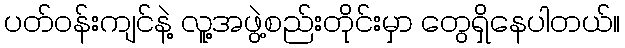
ပတ်ဝန်းကျင်နဲ့ လူ့အဖွဲ့စည်းတိုင်းမှာ တွေရှိနေပါတယ်။